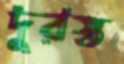
দুরস্ত